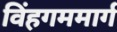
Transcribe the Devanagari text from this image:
विंहगममार्ग